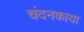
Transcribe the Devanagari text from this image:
चंदनकाया